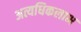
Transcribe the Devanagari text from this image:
अत्यधिकलाभ